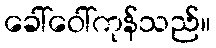
ခေါ်ဝေါ်ကုန်သည်။